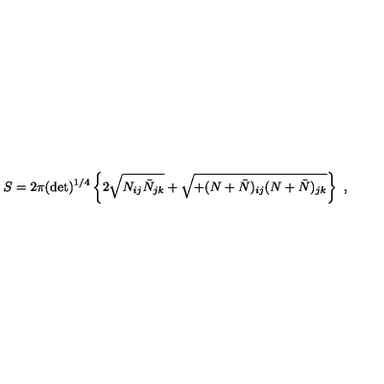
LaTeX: S = 2 \pi ( \det ) ^ { 1 / 4 } \left\{ 2 \sqrt { N _ { i j } \bar { N } _ { j k } } + \sqrt { + ( N + \bar { N } ) _ { i j } ( N + \bar { N } ) _ { j k } } \right\} \ ,